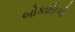
બોકાસિઓ